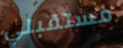
مستقبلي